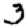
Digit: 3